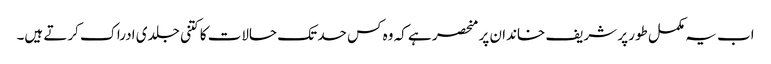
اب یہ مکمل طور پر شریف خاندان پر منحصر ہے کہ وہ کس حد تک حالات کا کتنی جلدی ادراک کرتے ہیں۔